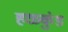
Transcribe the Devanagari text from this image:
हळकुंड